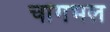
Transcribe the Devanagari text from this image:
चांगभल